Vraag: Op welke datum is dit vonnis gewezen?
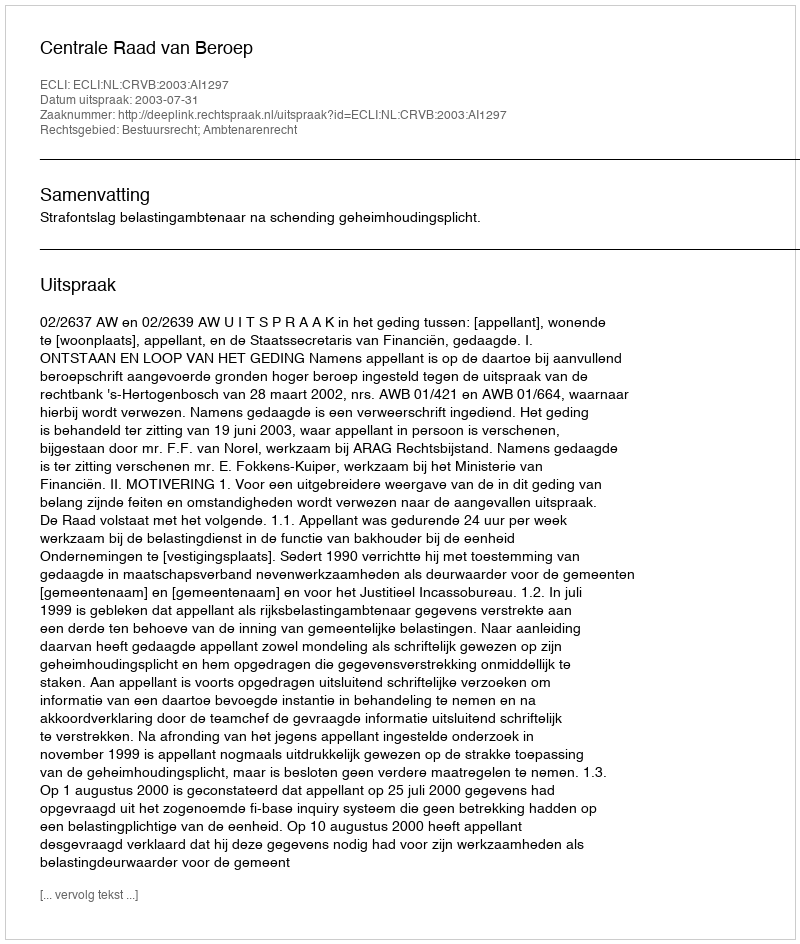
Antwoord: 2003-07-31